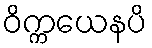
ဝိက္ကယေနပိ